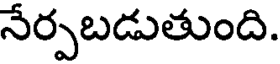
నేర్పబడుతుంది.